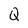
Character: Q